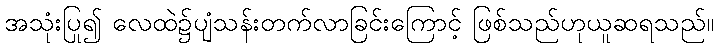
အသုံးပြု၍ လေထဲ၌ပျံသန်းတက်လာခြင်းကြောင့် ဖြစ်သည်ဟုယူဆရသည်။